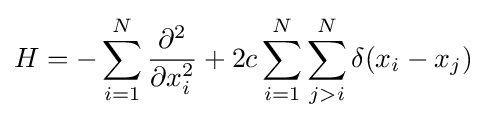
H=-\sum _{i=1}^{N}{\frac {\partial ^{2}}{\partial x_{i}^{2}}}+2c\sum _{i=1}^{N}\sum _{j>i}^{N}\delta (x_{i}-x_{j})\